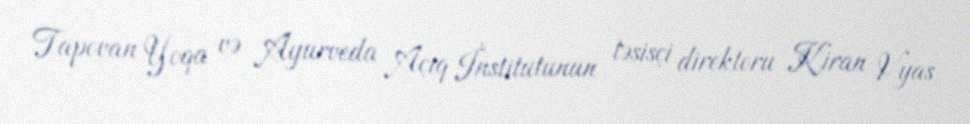
Tapovan Yoqa və Ayurveda Açıq İnstitutunun təsisçi direktoru Kiran Vyas